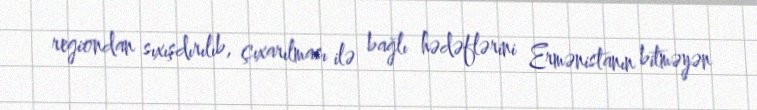
regiondan sıxışdırılıb, çıxarılması ilə bağlı hədəflərini Ermənistanın bitməyən